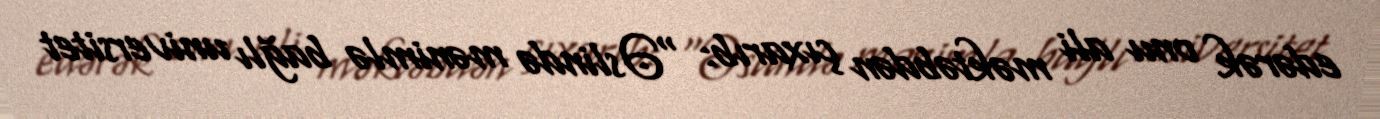
edərək onu ali məktəbdən çıxarıb: “Əslində mənimlə bağlı universitet